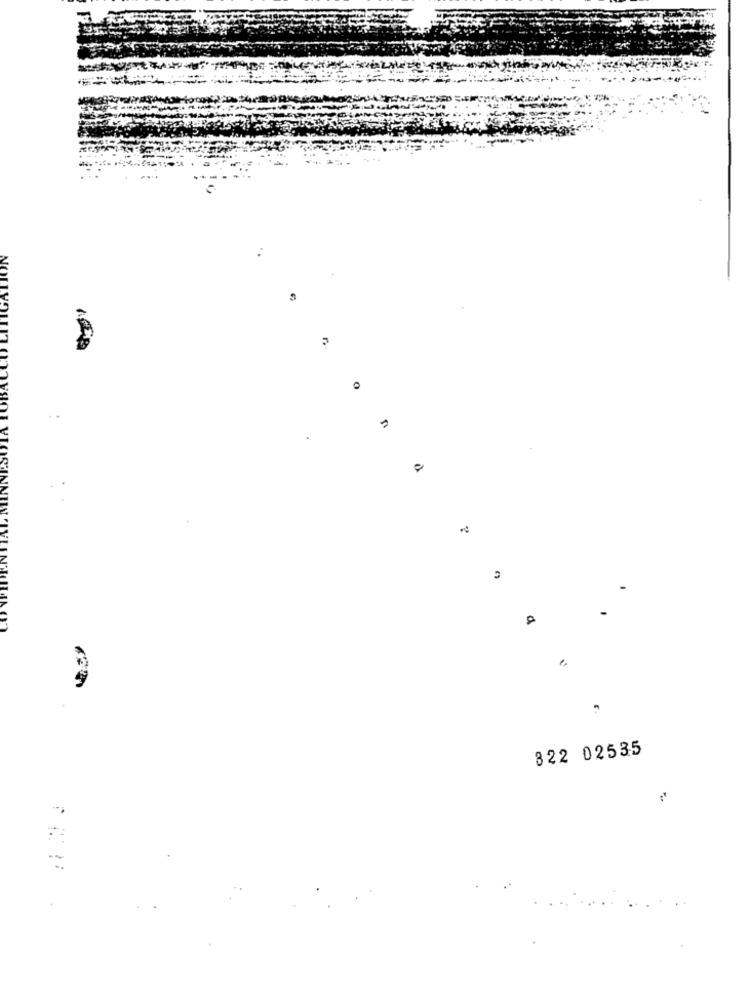
0
322 02535